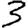
Digit: 3